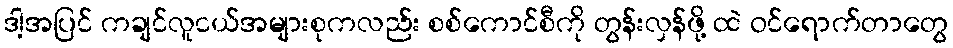
ဒါ့အပြင် ကချင်လူငယ်အများစုကလည်း စစ်ကောင်စီကို တွန်းလှန်ဖို့ ထဲ ဝင်ရောက်တာတွေ